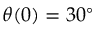
\theta ( 0 ) = 3 0 ^ { \circ }